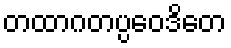
တထာဂတပ္ပဝေဒိတေ